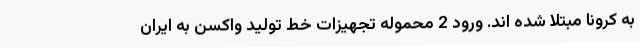
به کرونا مبتلا شده اند. ورود 2 محموله تجهیزات خط تولید واکسن به ایران